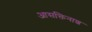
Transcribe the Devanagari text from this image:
आसक्तिनाश